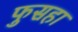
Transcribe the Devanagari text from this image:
फुसहा